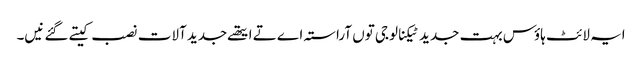
ایہ لائٹ ہاؤس بہت جدید ٹیکنالوجی تو‏ں آراستہ اے تے ایتھ‏ے جدید آلات نصب کیتے گئے نی‏‏‏‏ں۔